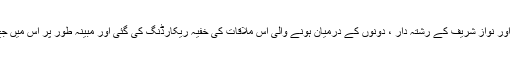
اس حوالے سے سینئیر صحافی انصار عباسی نے کہا کہ ن لیگ کے ذرائع کے مطابق جج ارشد ملک اور نواز شریف کے رشتہ دار ، دونوں کے درمیان ہونے والی اس ملاقات کی خفیہ ریکارڈنگ کی گئی اور مبینہ طور پر اس میں جج ارشد ملک کے پچھتاوے اور اس بات کا اعتراف موجود ہے کہ نواز شریف کو غلط سزا سنائی گئی۔